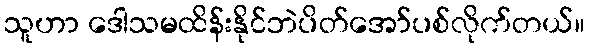
သူဟာ ဒေါသမထိန်းနိုင်ဘဲပိတ်အော်ပစ်လိုက်တယ်။